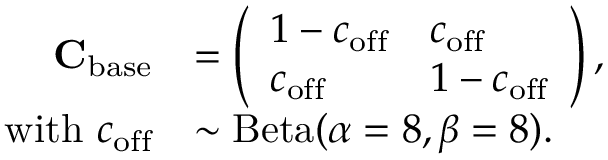
\begin{array} { r l } { \mathbf { C } _ { \mathrm { b a s e } } } & { = \left( \begin{array} { l l } { 1 - c _ { \mathrm { o f f } } } & { c _ { \mathrm { o f f } } } \\ { c _ { \mathrm { o f f } } } & { 1 - c _ { \mathrm { o f f } } } \end{array} \right) , } \\ { \mathrm { w i t h ~ } c _ { \mathrm { o f f } } } & { \sim \mathrm { B e t a } ( \alpha = 8 , \beta = 8 ) . } \end{array}